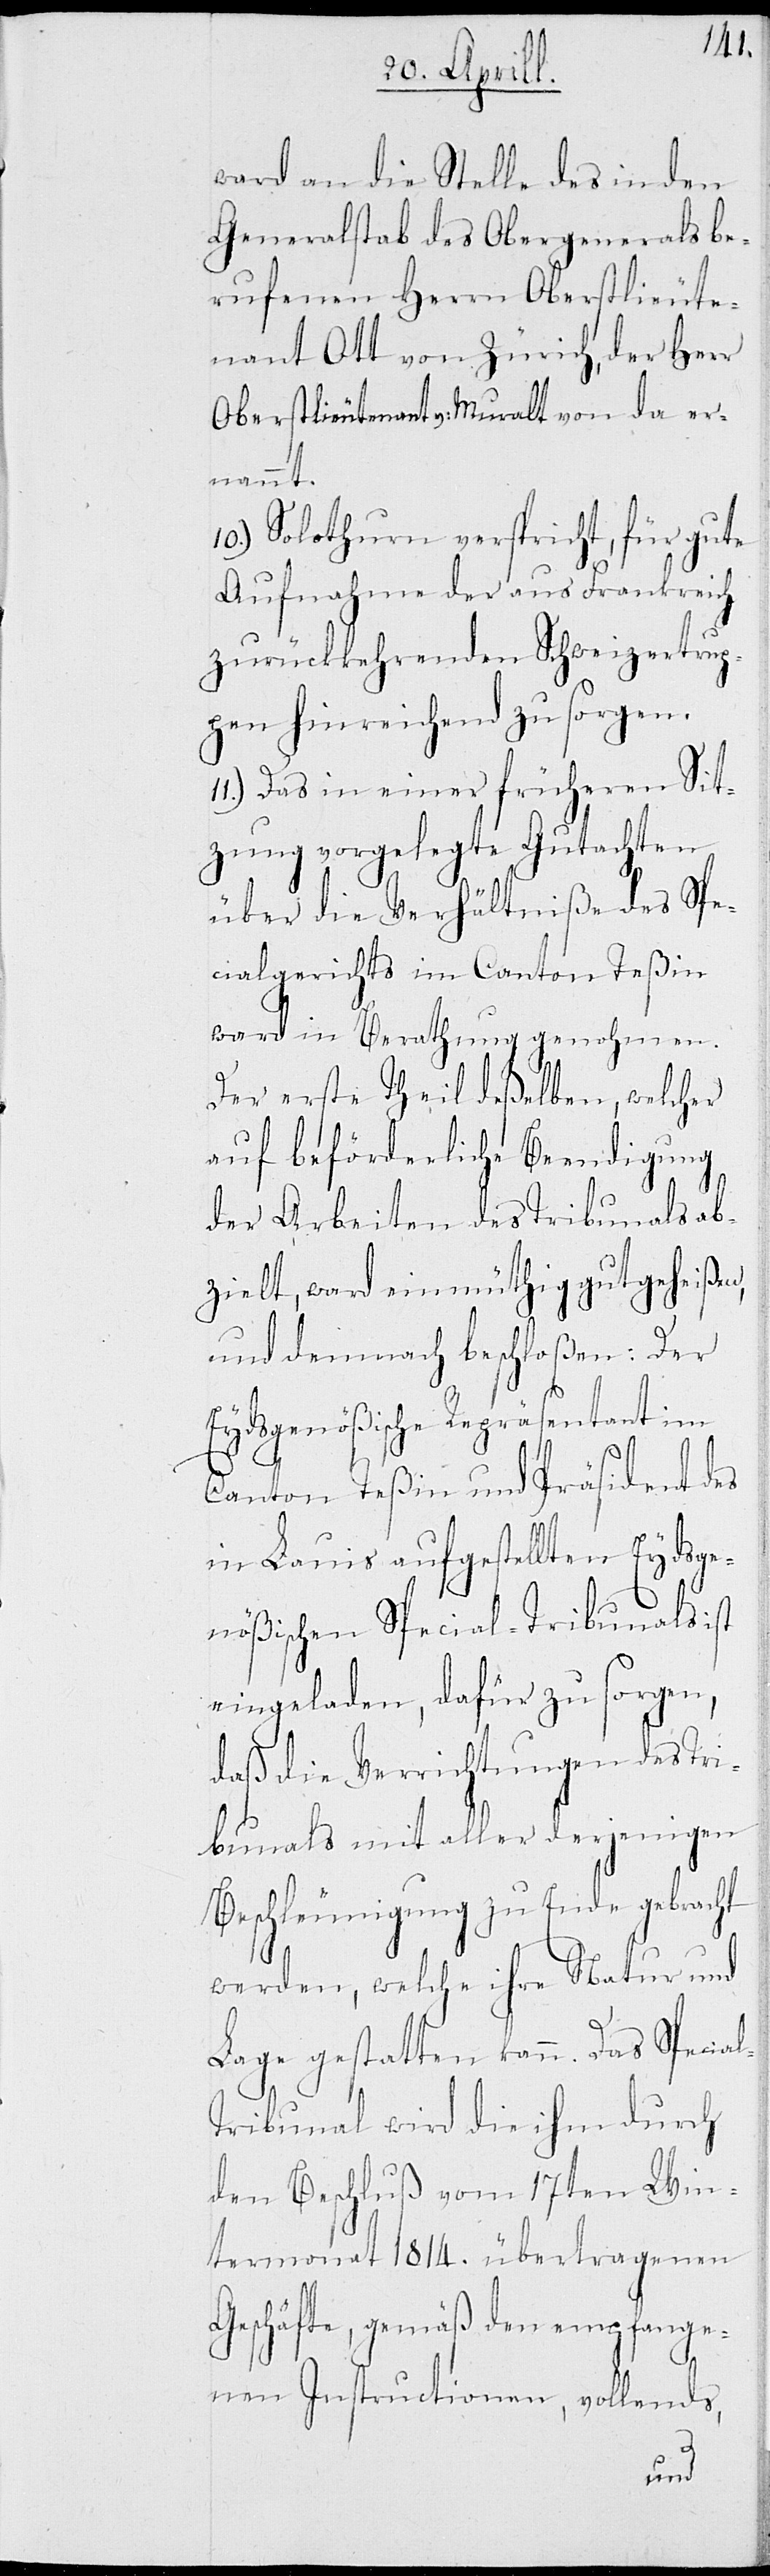
ward an die Stelle des in den
Generalstab des Obergenerals be¬
rufenen Herrn Oberstlieute¬
nant Ott von Zürich, der Herr
Oberstlieutenant v. Muralt von da er¬
nannt.
10.) Solothurn verspricht, für gute
Aufnahme der aus Frankreich
zurückkehrenden Schweizertrup¬
pen hinreichend zu sorgen.
11.) Das in einer früheren Sit¬
zung vorgelegte Gutachten
über die Verhältniße des Spe¬
zialgerichts im Canton Teßin
ward in Berathung genohmen.
Der erste Theil deßelben, welcher
auf beförderliche Beendigung
der Arbeiten des Tribunals ab¬
zielt, ward einmüthig gutgeheißen,
und demnach beschloßen: Der
Eydsgenößische Repräsentant im
Canton Teßin und Präsident des
in Lauis aufgestellten Eydsge¬
nößischen Special-Tribunals
eingeladen, dafür zu sorgen,
daß die Verrichtungen des T¬
ribunals mit aller derjenigen
Beschleunigung zu Ende gebracht
werden, welche ihre Natur und
Lage gestatten kann. Das Specia¬
l-Tribunal wird die ihm durch
den Beschluß vom 17ten Win¬
termonat 1814 übertragenen
Geschäfte, gemäß den angefange¬
nen Instructionen, vollends,